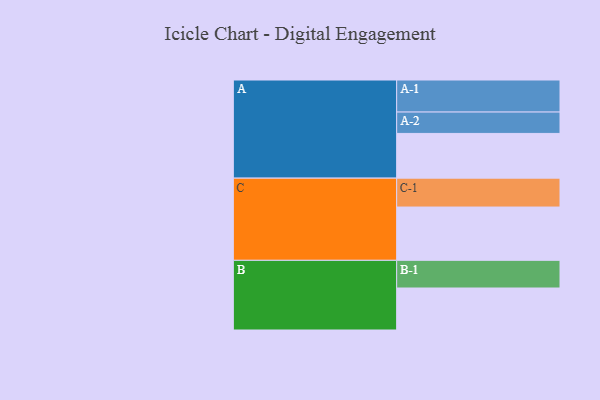
{"axis": {"x": "Segment", "y": "Value"}, "legend": ["", "A", "B", "C"], "data": [{"x": "A", "y": 328, "type": ""}, {"x": "B", "y": 308, "type": ""}, {"x": "C", "y": 391, "type": ""}, {"x": "A-1", "y": 235, "type": "A"}, {"x": "A-2", "y": 157, "type": "A"}, {"x": "B-1", "y": 203, "type": "B"}, {"x": "C-1", "y": 212, "type": "C"}]}